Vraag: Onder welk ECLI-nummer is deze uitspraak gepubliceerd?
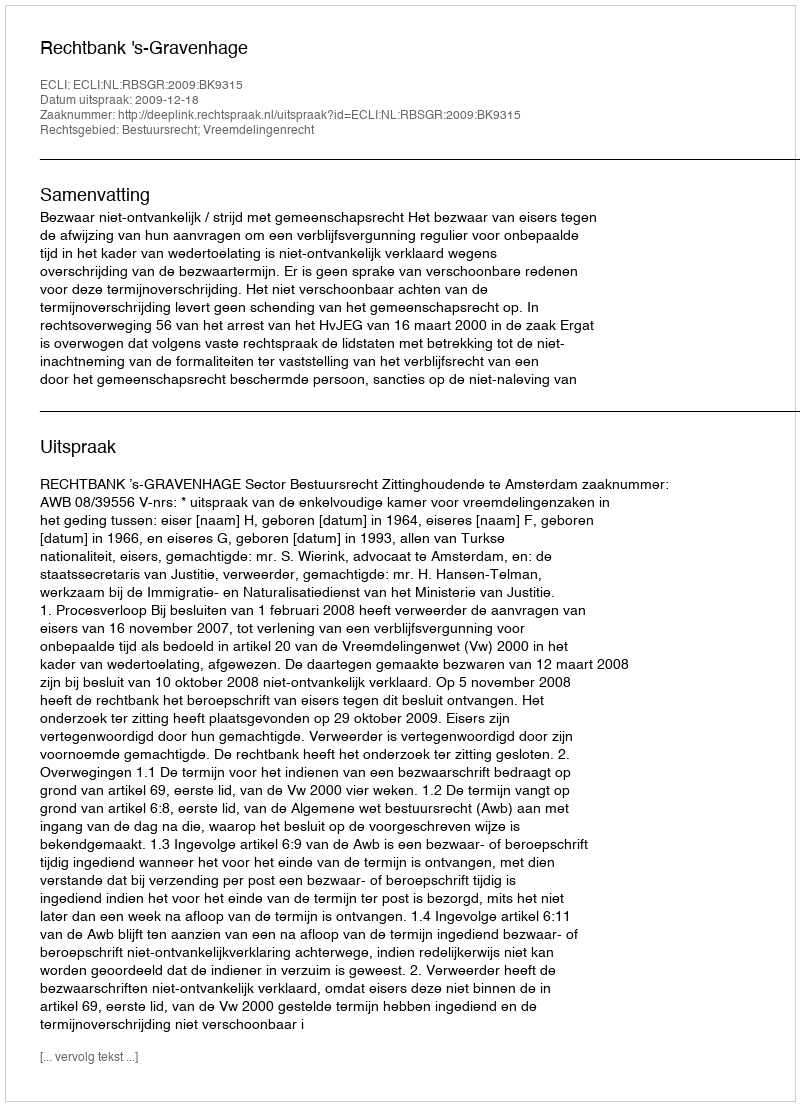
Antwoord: ECLI:NL:RBSGR:2009:BK9315